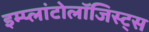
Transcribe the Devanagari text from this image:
इम्प्लांटोलॉजिस्ट्स